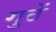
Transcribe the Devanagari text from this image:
गुठें